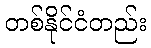
တစ်နိုင်ငံတည်း